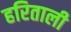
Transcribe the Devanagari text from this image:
हरिताली